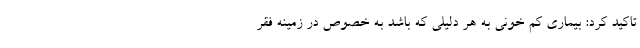
تاکید کرد: بیماری کم خونی به هر دلیلی که باشد به خصوص در زمینه فقر